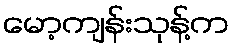
မော့ကျန်းသုန့်က